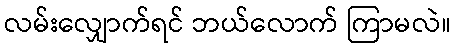
လမ်းလျှောက်ရင် ဘယ်လောက် ကြာမလဲ။